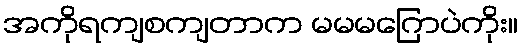
အကိုရကျစကျတာက မမမဂြောပဲကိုး။